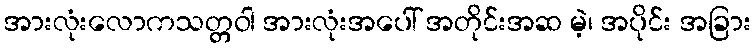
အားလုံးလောကသတ္တဝါ အားလုံးအပေါ် အတိုင်းအဆ မဲ့၊ အပိုင်း အခြား